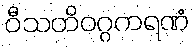
ဝီသတိဝဂ္ဂကရဏံ